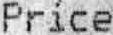
PRICE